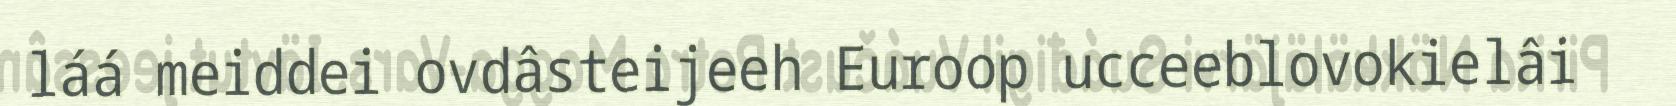
láá meiddei ovdâsteijeeh Euroop ucceeblovokielâi